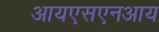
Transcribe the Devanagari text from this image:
आयएसएनआय